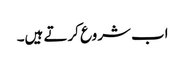
اب شروع کرتے ہیں۔